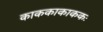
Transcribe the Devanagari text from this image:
काककाकाककः